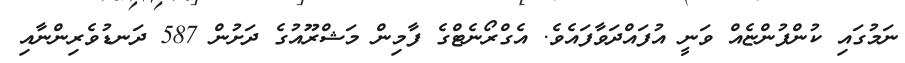
ނަމުގައި ކުންފުންޏެއް ވަނީ އުފައްދަވާފައެވެ. އެގްރޯނެޓްގެ ފާމިން މަޝްރޫއުގެ ދަށުން 587 ދަނޑުވެރިންނާއި